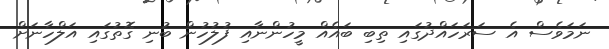
ނަމަވެސް އެ ސަރަހައްދުގައި ތިބި ބައެއް މީހުންނާއި ފުލުހުން ބުނި ގޮތުގައި އަލްހާނަށް